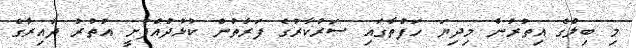
މި ބިލްގެ އިތުރުން މިދިޔަ ހަފުތާގައި ސަރުކާރުގެ ފަރާތުން ކުޅުދުއްފުށީ އުތުރު ދާއިރާގެ